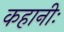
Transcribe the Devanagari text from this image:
कहानीः